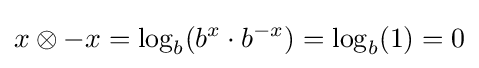
x\otimes -x=\log _{b}(b^{x}\cdot b^{-x})=\log _{b}(1)=0